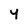
Character: 4